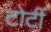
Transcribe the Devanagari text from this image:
टोटीं